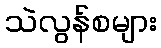
သဲလွန်စများ